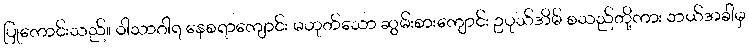
ပြုကောင်းသည်။ ဝါသာဂါရ နေစရာကျောင်း မဟုတ်သော ဆွမ်းစားကျောင်း ဥပုသ်အိမ် စသည်တို့ကား ဘယ်အခါမှ